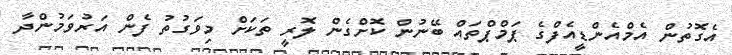
އެގޮތުން އެމްއެންޑީއެފްގެ ޕަމްޕްތައް ބޭނުން ކޮށްގެން ލޮރީ ތަކަށް މިވަގުތު ފެން އަރުވަމުންދާ